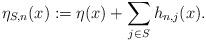
LaTeX: \begin{align*}\eta_{S,n}(x):= \eta(x)+\sum_{j\in S} h_{n,j}(x). \end{align*}